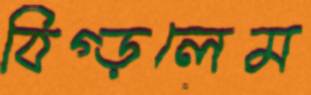
বিগ্‌ড়লেম